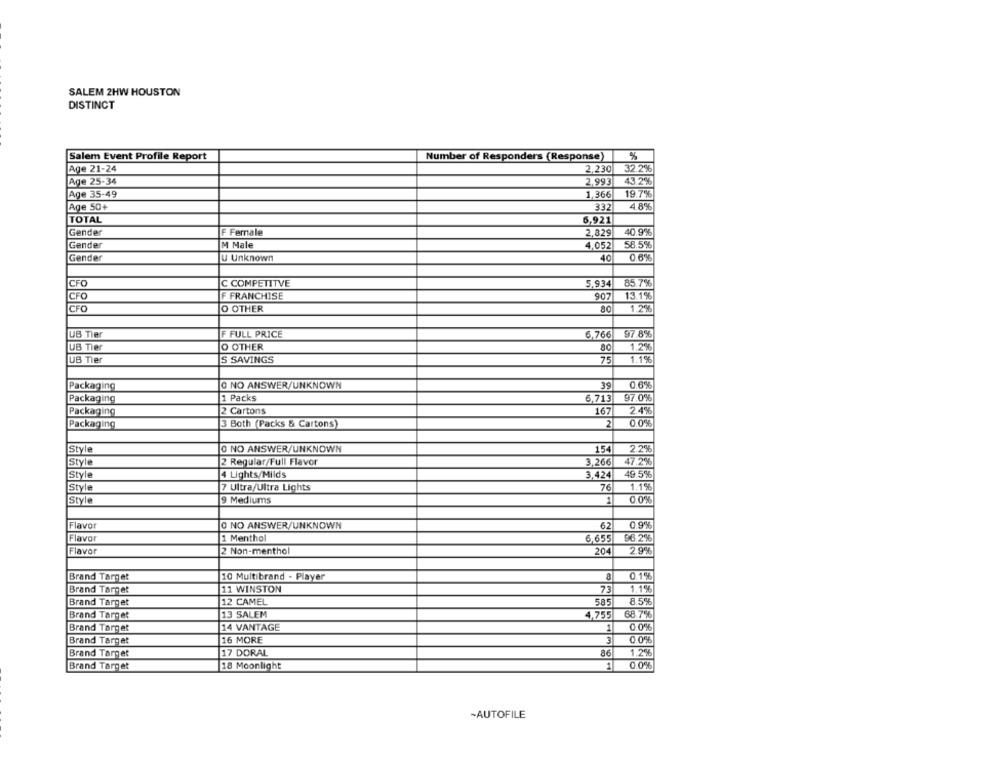
SALEM 2HW HOUSTON
DISTINCT
Salem Event Profile Report
Number of Responders (Response)
%
2,230 32.2%
Age 21-24
Age 25-34
2.993
43.2%
Age 35-49
1,366
19.7%
Age 50+
332
4.8%
TOTAL
6,921
Gender
F Female
2,829
40.9%
Gender
M Male
58.5%
4,052
Gender
Ju Unknown
40
0.6%
85.7%
CFO
C COMPETITVE
5.934
CFO
F FRANCHISE
907
13.1%
CFO
O OTHER
1.2%
UB Tier
F FULL PRICE
6,766
97.8%
UB Tier
O OTHER
80
1.2%
UB Tier
S SAVINGS
75
1.1%
Packaging
O NO ANSWER/UNKNOWN
39
0.6%
Packaging
1 Packs
6.713
97.0%
Packaging
2 Cartons
167
2.4%
Packaging
3 Both (Packs & Cartons)
2
00%
Style
O NO ANSWER/UNKNOWN
154
2.2%
Style
12 Regular/Full Flavor
3,266
47.2%
49.5%
Style
4 Lights/Milds
3,424
Style
7 Ultra/Ultra Lights
76
1.1%
Style
9 Mediums
1
0.0%
Flavor
O NO ANSWER/UNKNOWN
62
0.9%
Flavor
1 Menthol
6,655
96.2%
Flavor
2 Non-menthol
204
2.9%
Brand Target
10 Multibrand - Player
8
0.1%
Brand Target
11 WINSTON
1.1%
Brand Target
12 CAMEL
585
8.5%
Brand Target
13 SALEM
4,755
68.7%
Brand Target
14 VANTAGE
1
00%
Brand Target
16 MORE
3
0.0%
Brand Target
17 DORAL
86
1.2%
Brand Target
18 Moonlight
1
0 0%
-AUTOFILE